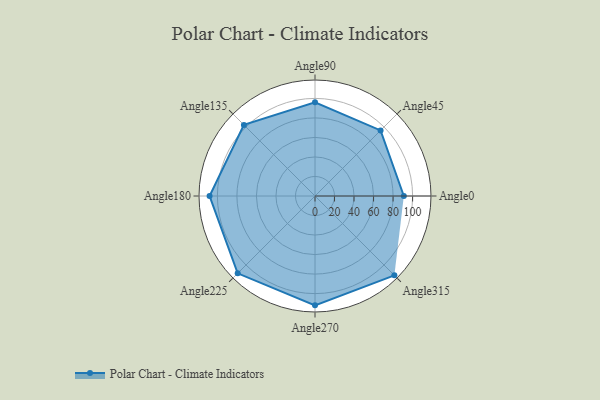
{"axis": {"x": "Angle", "y": "Radius"}, "legend": [""], "data": [{"x": "Angle0", "y": 91.0, "type": ""}, {"x": "Angle45", "y": 95.0, "type": ""}, {"x": "Angle90", "y": 96.0, "type": ""}, {"x": "Angle135", "y": 103.0, "type": ""}, {"x": "Angle180", "y": 108.0, "type": ""}, {"x": "Angle225", "y": 112.0, "type": ""}, {"x": "Angle270", "y": 112.0, "type": ""}, {"x": "Angle315", "y": 115.0, "type": ""}]}